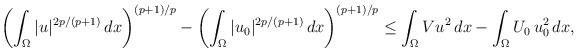
LaTeX: \begin{align*}\left(\int_\Omega|u|^{2p/(p+1)}\,dx\right)^{(p+1)/p}-\left(\int_\Omega|u_0|^{2p/(p+1)}\,dx\right)^{(p+1)/p}\le\int_\Omega Vu^2\,dx-\int_\Omega U_0\,u_0^2\,dx,\end{align*}